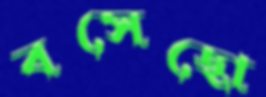
বসেছো